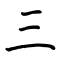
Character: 三